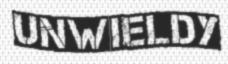
UNWIELDY